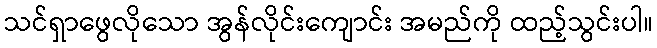
သင်ရှာဖွေလိုသော အွန်လိုင်းကျောင်း အမည်ကို ထည့်သွင်းပါ။